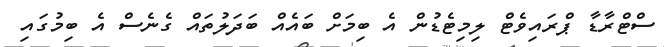
ސްޓްރާޑާ ޕްރައިވެޓް ލިމިޓެޑުން އެ ބިމަށް ބައެއް ބަދަލުތައް ގެނެސް އެ ބިމުގައި